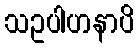
သဥပါဟနာပိ